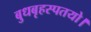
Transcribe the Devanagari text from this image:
बुधबृहस्पतयो।